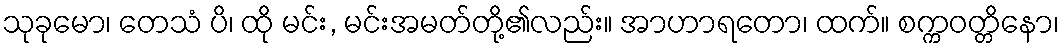
သုခုမော၊ တေသံ ပိ၊ ထို မင်း, မင်းအမတ်တို့၏လည်း။ အာဟာရတော၊ ထက်။ စက္ကဝတ္တိနော၊